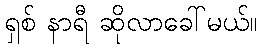
ရှစ် နာရီ ဆိုလာခေါ်မယ်။